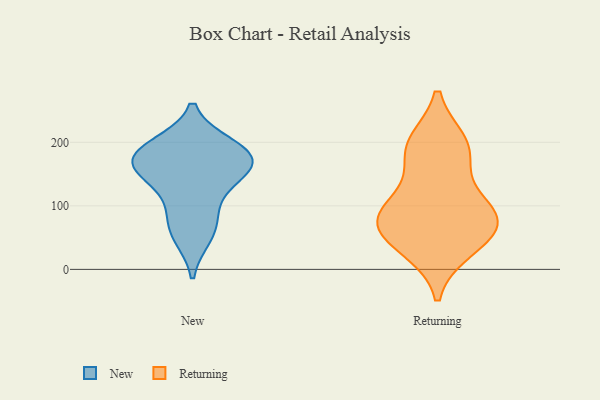
{"axis": {"x": "Operating Costs (USD K)", "y": "Value"}, "legend": ["New", "Returning"], "data": [{"x": "", "y": 69, "type": "New"}, {"x": "", "y": 149, "type": "New"}, {"x": "", "y": 159, "type": "New"}, {"x": "", "y": 194, "type": "New"}, {"x": "", "y": 157, "type": "New"}, {"x": "", "y": 185, "type": "New"}, {"x": "", "y": 184, "type": "New"}, {"x": "", "y": 53, "type": "New"}, {"x": "", "y": 174, "type": "New"}, {"x": "", "y": 105, "type": "New"}, {"x": "", "y": 178, "type": "Returning"}, {"x": "", "y": 70, "type": "Returning"}, {"x": "", "y": 89, "type": "Returning"}, {"x": "", "y": 33, "type": "Returning"}, {"x": "", "y": 198, "type": "Returning"}, {"x": "", "y": 79, "type": "Returning"}, {"x": "", "y": 77, "type": "Returning"}, {"x": "", "y": 194, "type": "Returning"}, {"x": "", "y": 109, "type": "Returning"}, {"x": "", "y": 44, "type": "Returning"}]}